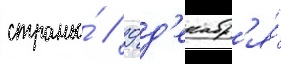
страны́ // 9 д'екабр'я́